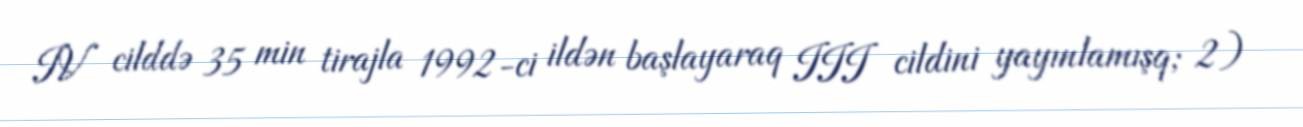
IV cilddə 35 min tirajla 1992-ci ildən başlayaraq III cildini yayınlamışq; 2)